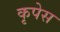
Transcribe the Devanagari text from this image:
कृपेस